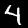
Digit: 4